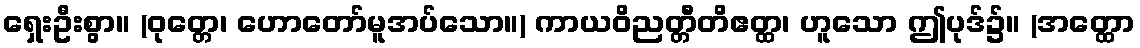
ရှေးဦးစွာ။ (ဝုတ္တေ၊ ဟောတော်မူအပ်သော။) ကာယဝိညတ္တီတိဧတ္ထ၊ ဟူသော ဤပုဒ်၌။ (အတ္ထော